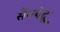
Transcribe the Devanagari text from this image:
सैनपेद्रू